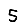
Digit: 5